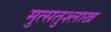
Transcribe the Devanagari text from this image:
मुत्सतुश्लाख